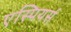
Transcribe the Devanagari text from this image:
एस्पियर्स